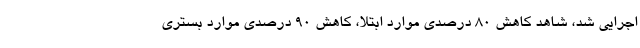
اجرایی شد، شاهد کاهش ۸۰ درصدی موارد ابتلا، کاهش ۹۰ درصدی موارد بستری